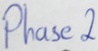
Text: Phase2